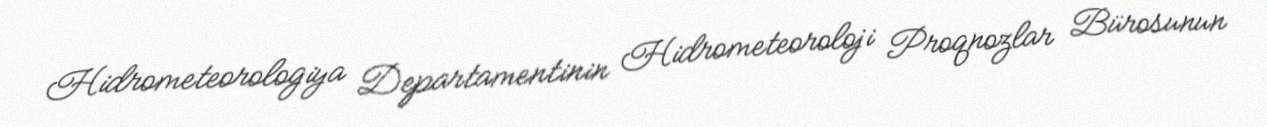
Hidrometeorologiya Departamentinin Hidrometeoroloji Proqnozlar Bürosunun